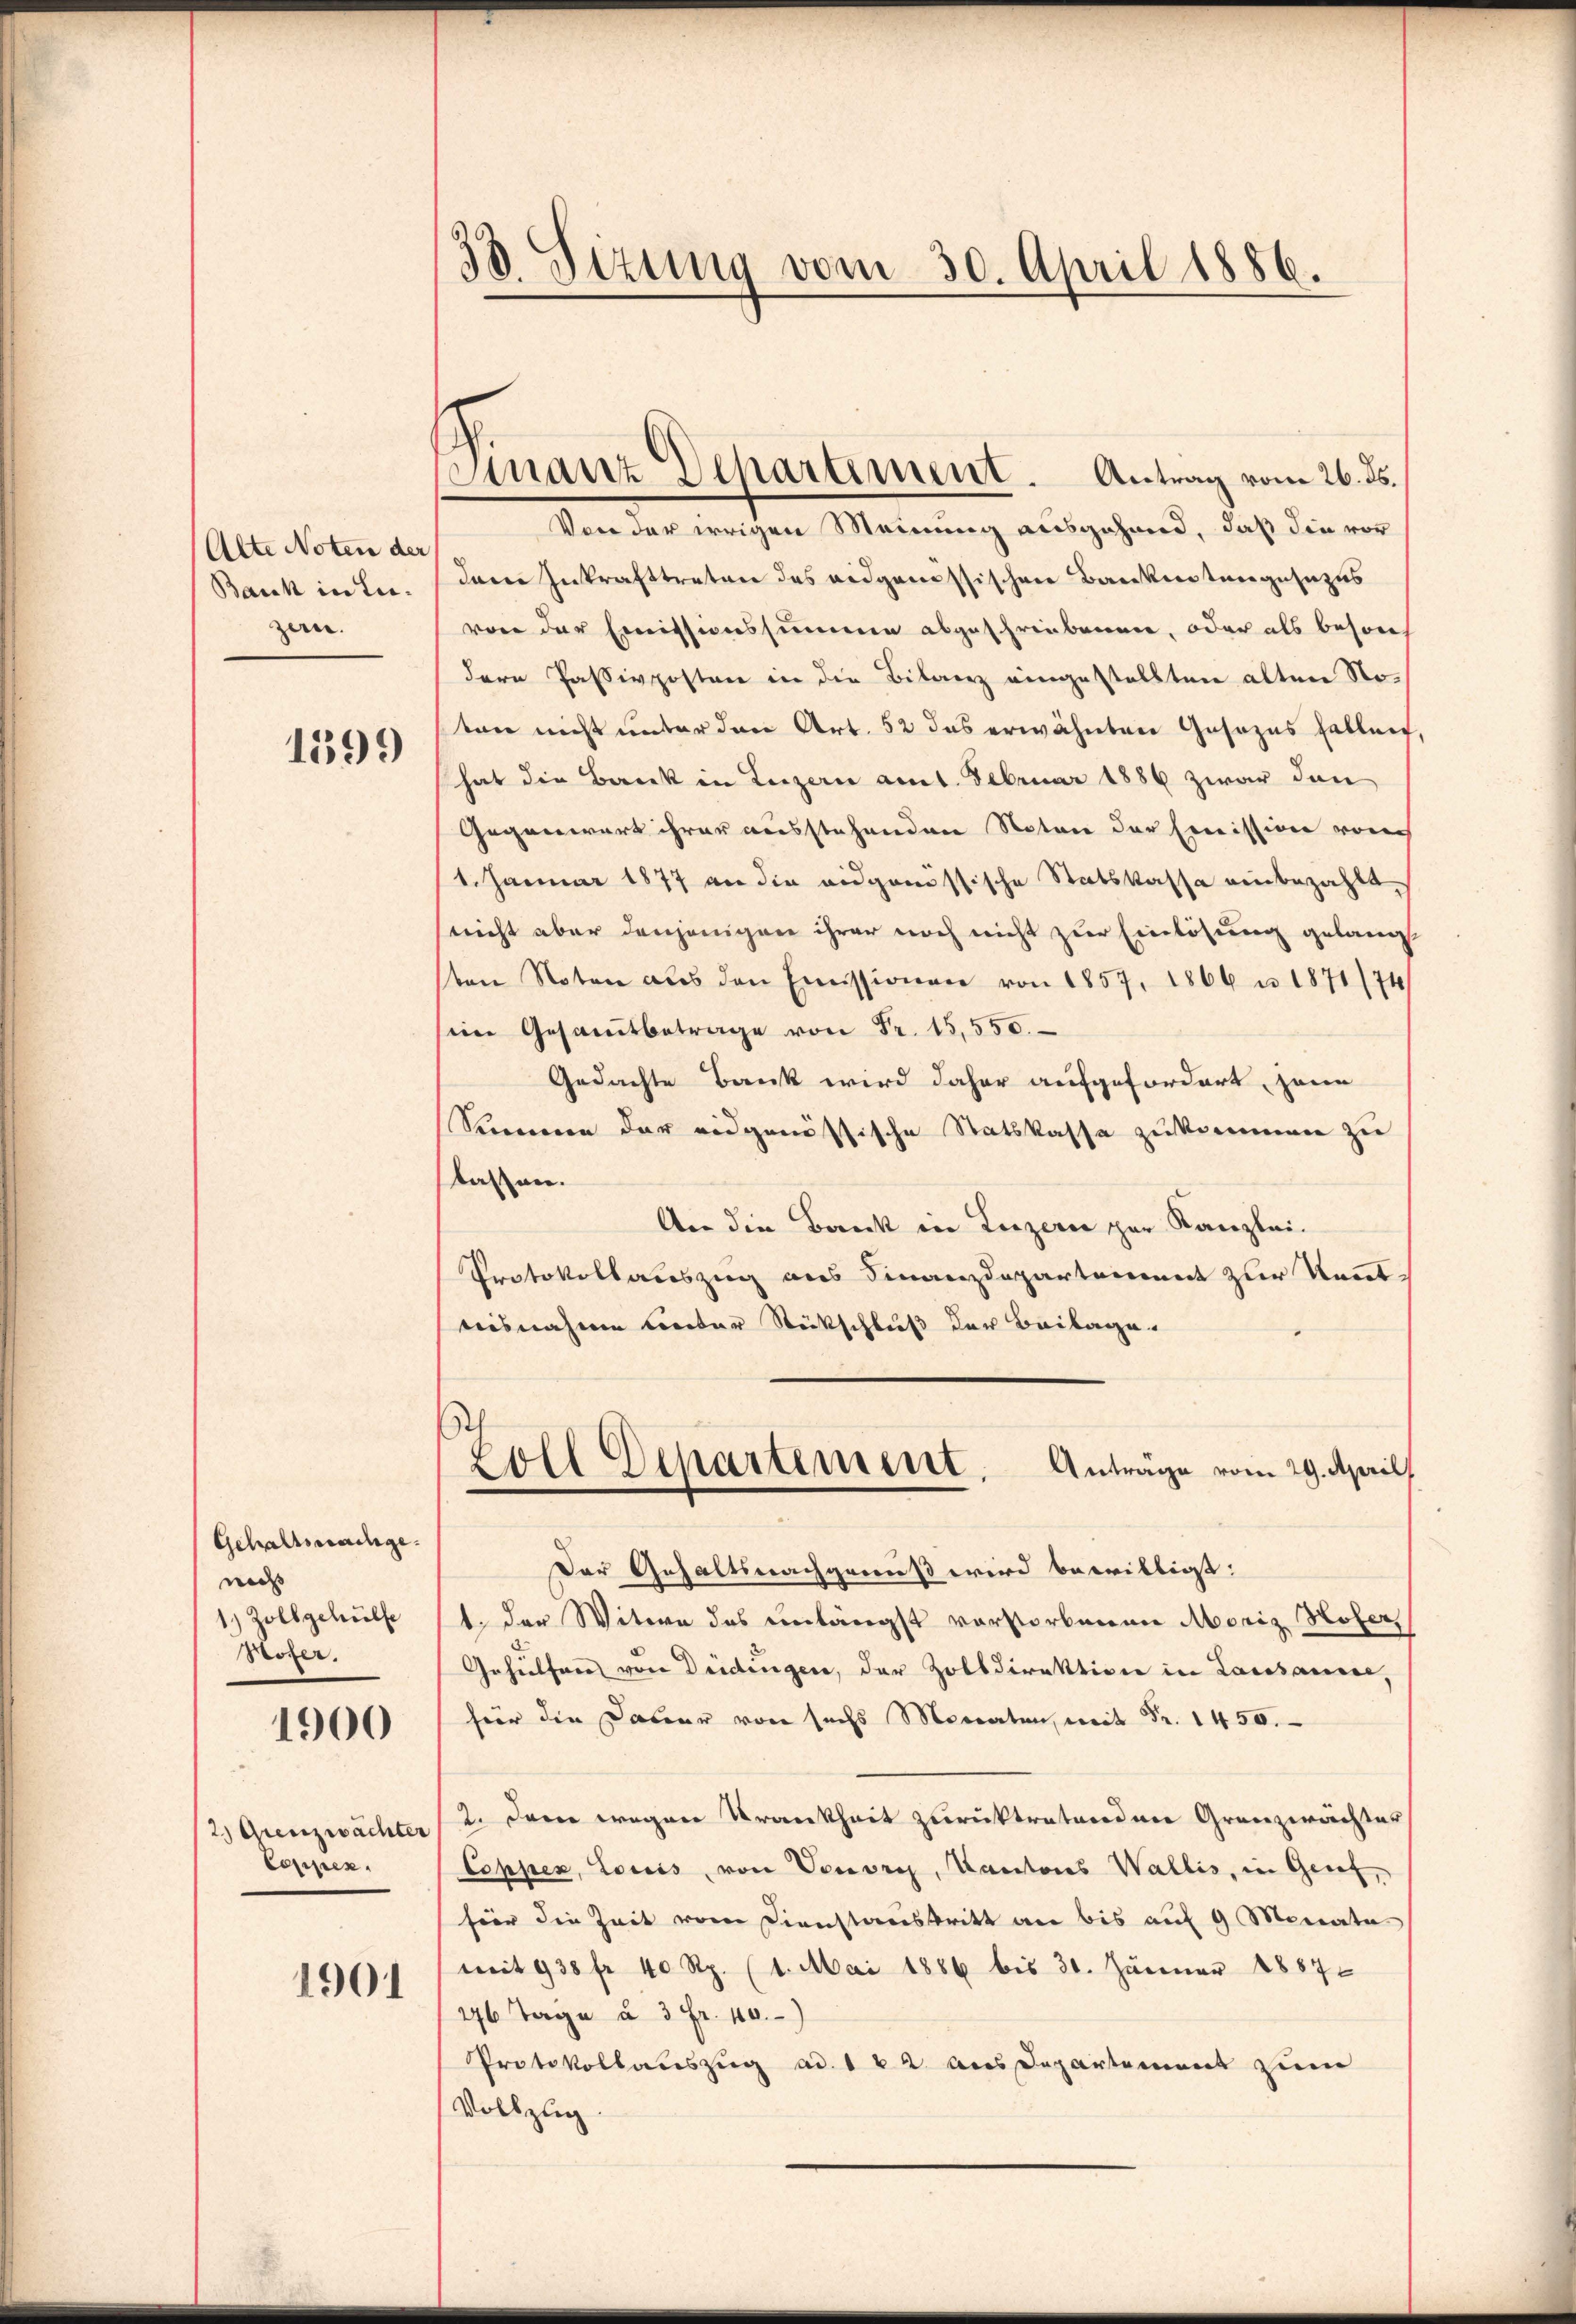
Alte Noten der
Bank in Luzern.

1599

Gehaltsmalige
ned |
1.) Zollgehülfe
Pozer.
1900

2.) Grenzwachter
Coppen.

1901

38 Sizung vom 30. April 1886.

Finanz Departement. Antrag vom 26. ds.

Von der irrigen Meinung ausgehand, daß die vor
dann Inkrafttreten des eidgenössischen Bankentangesezes
von der Emissionssummen abgeschriebennen, oder als beson
dere Passivposten in die Bitaerz eingestellten alten Noten nicht unter den Art. 52 das erwähnten Gesezes fallen,
hat die Bacek in Luzern amt. Februar 1886 zwar dann
Gegenwart ihrer ausstehenden Noten der Emission von
1. Januar 1877 an die eidgenössische Statskassa einbezahlt.
(nicht aber denjenigen ihrer noch nicht zur Einlösung gelangt
sten Noten aus den Emissionen von 1857, 1866 u. 1871/74
sein Gesamtbetrage
Gedachte Bank wird daher aufgefordert, sein
Simmen der eidgenössische Statskassa zukommen zu
lassen.
An die Bank in Luzern zur Kanzlei-
Protokollauszug aus Finanzdepartement zur Kenntnisnahme unter Stückschluß der Beilage.
Zoll Departement. Anträge vom 29. April
Der Gehaltsnachgewiß wird bewilligt:
1. der Witwe des unlängst vorstorbenen Moriz Hofer,
Gehülfen von Deidungen, der Zolldirektion in Lausanne,
für die Dauer von sechs Monaten, mit Fr. 1450.
2. Denn wegen Krankheit zurücktretenden Granzwächter
Coppen, Louis, von Vouvry, Kantons Wallis, in Genf,
für die Zeit vom Dienstanstritt an bis auf 9 Monata
mit 938 fr 40 Rp. (1. Mai 1886 bis 31. Jänner 1887
176 Tage à 3 Fr. 10.
Protokollauszug ad. 182 aus Departement zum
Vollzug